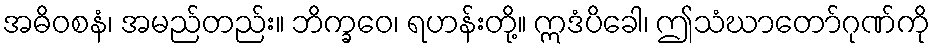
အဓိဝစနံ၊ အမည်တည်း။ ဘိက္ခဝေ၊ ရဟန်းတို့။ ဣဒံပိခေါ၊ ဤသံဃာတော်ဂုဏ်ကို